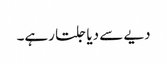
دیے سے دیا جلتا رہے۔